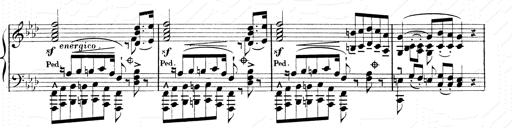
Title: 2 Transcriptions d'aprÃ¨s Rossini
Composer: Franz Liszt